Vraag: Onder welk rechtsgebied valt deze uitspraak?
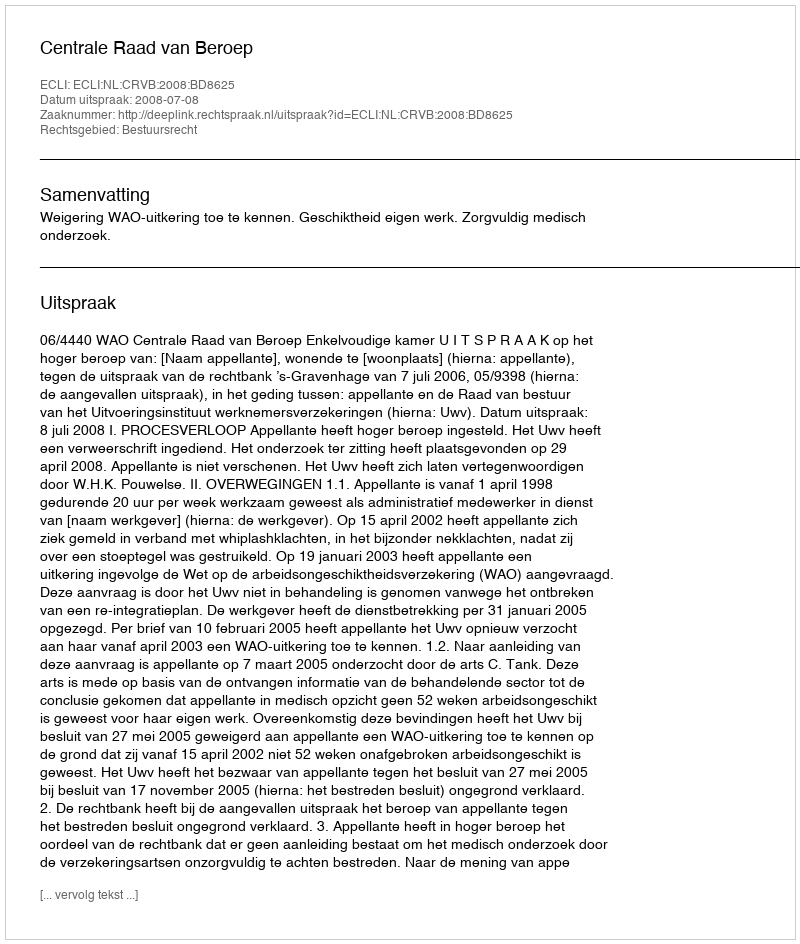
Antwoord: Bestuursrecht